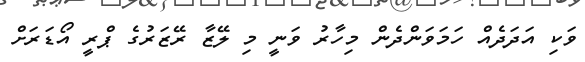
ވަކި އަދަދެއް ހަމަވަންދެން މިހާރު ވަނީ މި ލޭޒާ ރޭޒަރުގެ ޕްރީ އޯޑަރަށް